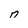
Character: n